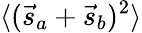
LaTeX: \langle({\vec{s}}_{a}+{\vec{s}}_{b})^{2}\rangle